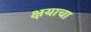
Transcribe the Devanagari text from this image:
क्षयाचा